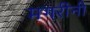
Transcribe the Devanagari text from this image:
मगरींनी